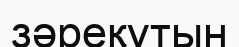
зәреқұтын